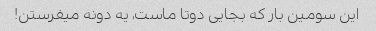
این سومین بار که بجایی دوتا ماست، یه دونه میفرستن!